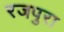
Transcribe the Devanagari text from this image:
रजपुरा